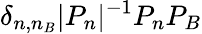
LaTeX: \delta_{n,n_{B}}|P_{n}|^{-1}P_{n}P_{B}